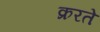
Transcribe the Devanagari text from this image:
क्ररते